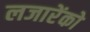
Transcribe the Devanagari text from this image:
लजारेंको